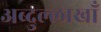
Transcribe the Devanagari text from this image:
अब्दुल्लाखाँ